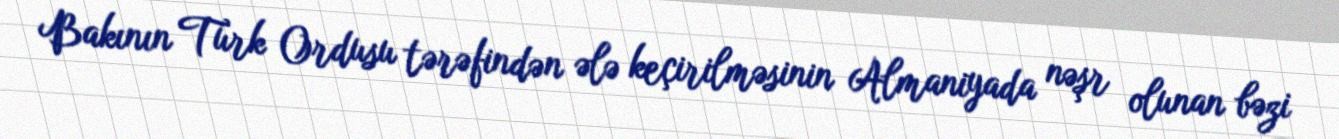
Bakının Türk Ordusu tərəfindən ələ keçirilməsinin Almaniyada nəşr olunan bəzi